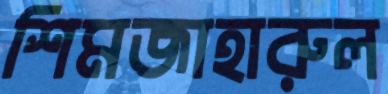
শিমজাহারুল